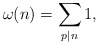
\begin{align*}\omega(n)=\displaystyle\sum_{p\mid n}1,\end{align*}